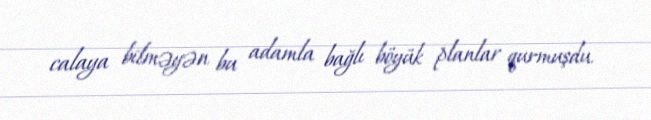
calaya bilməyən bu adamla bağlı böyük planlar qurmuşdu.